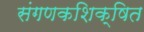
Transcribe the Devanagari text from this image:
संगणकशिक्षित